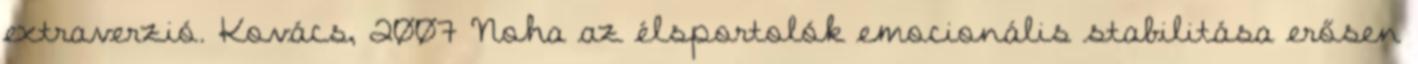
extraverzió. Kovács, 2007 Noha az élsportolók emocionális stabilitása erősen